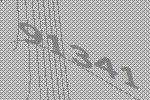
91341